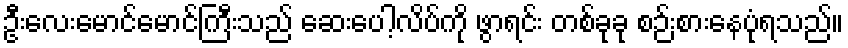
ဦးလေးမောင်မောင်ကြီးသည် ဆေးပေါ့လိပ်ကို ဖွာရင်း တစ်ခုခု စဉ်းစားနေပုံရသည်။